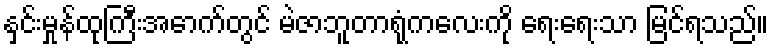
နှင်းမှုန်ထုကြီးအောက်တွင် မဲဇာဘူတာရုံကလေးကို ရေးရေးသာ မြင်ရသည်။